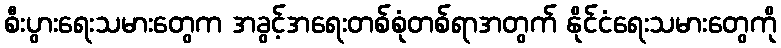
စီးပွားရေးသမားတွေက အခွင့်အရေးတစ်စုံတစ်ရာအတွက် နိုင်ငံရေးသမားတွေကို